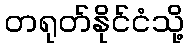
တရုတ်နိုင်ငံသို့